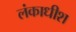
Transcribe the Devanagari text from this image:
लंकाधीश